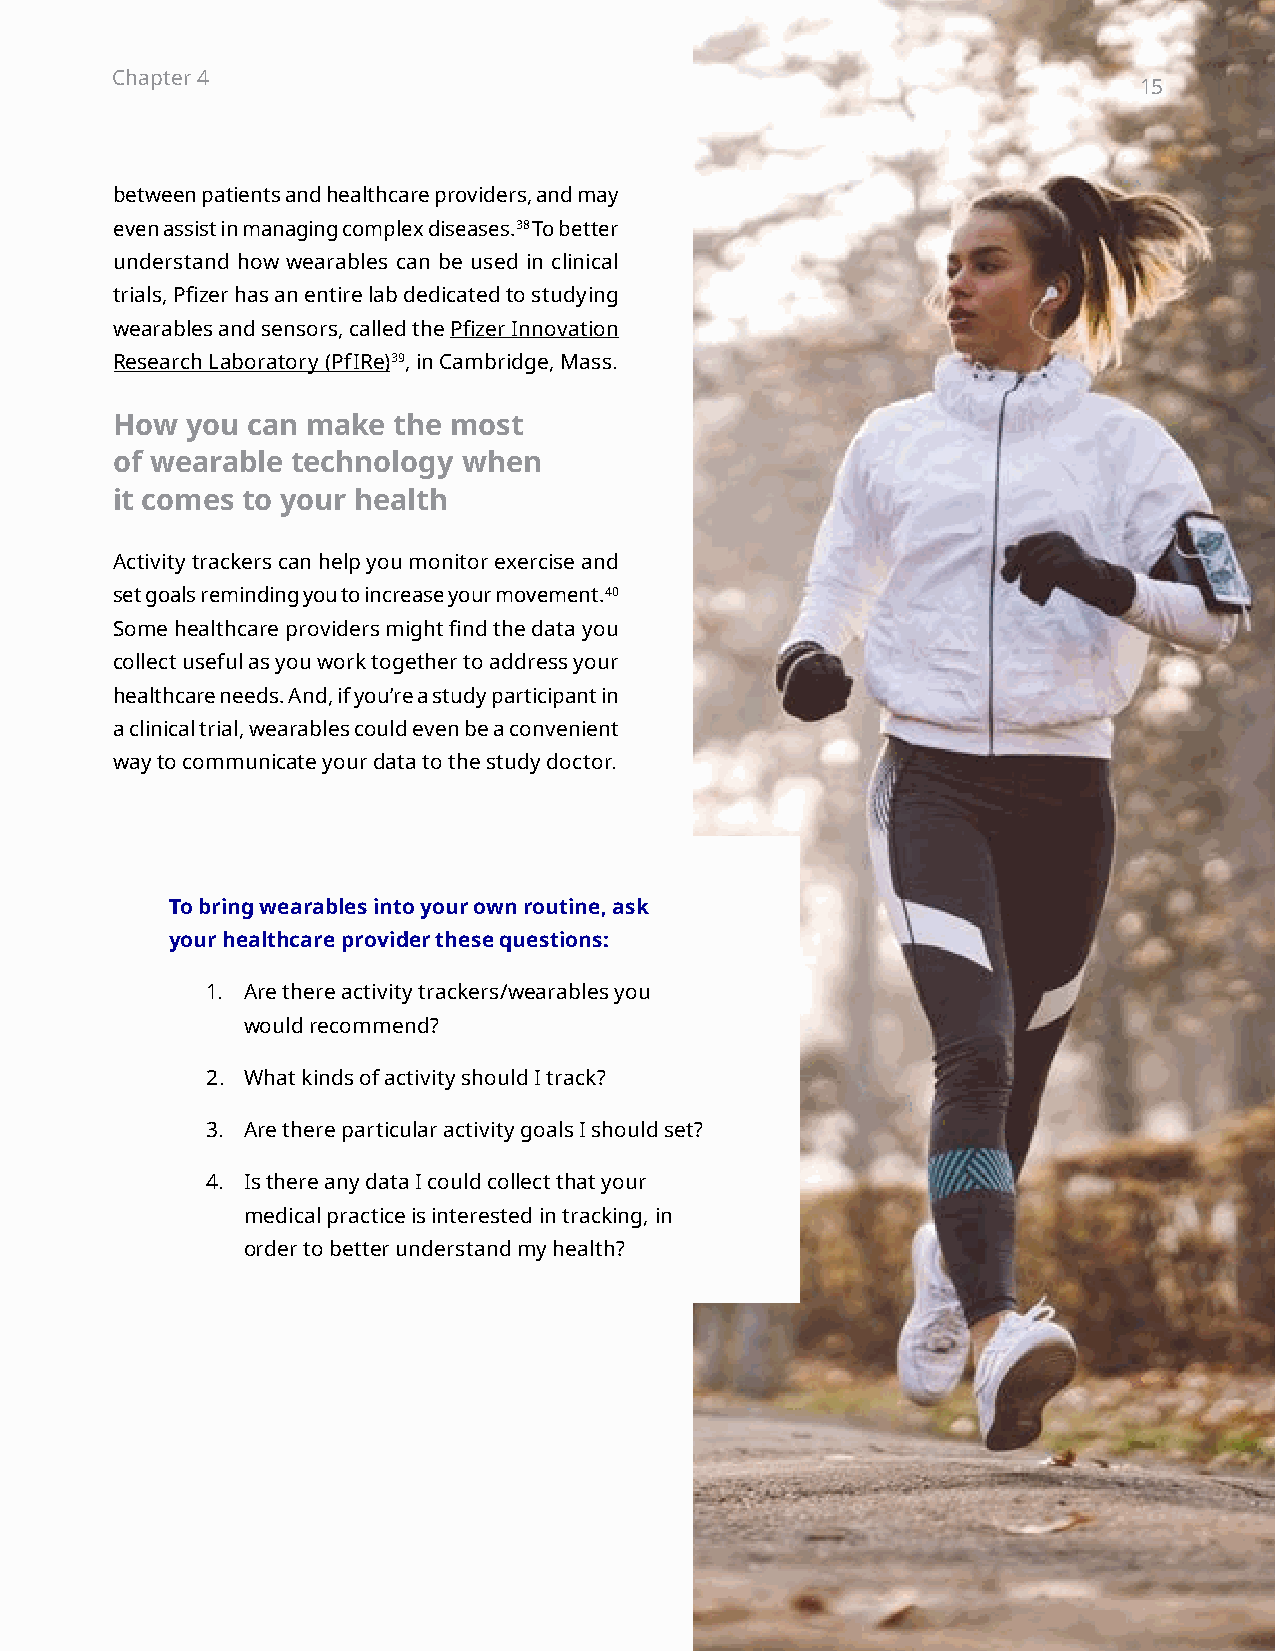
Chapter 4                                                           15
 15
 between patients and healthcare providers, and may
 even assist in managing complex diseases.38 To better
 understand how wearables can be used in clinical
 trials, Pfizer has an entire lab dedicated to studying
 wearables and sensors, called the Pfizer Innovation
 Research Laboratory (PfIRe)39, in Cambridge, Mass.
 How  you can make  the most
 of wearable technology  when
 it comes to your health
 Activity trackers can help you monitor exercise and
 set goals reminding you to increase your movement.40
 Some healthcare providers might find the data you
 collect useful as you work together to address your
 healthcare needs. And, if you’re a study participant in
 a clinical trial, wearables could even be a convenient
 way to communicate your data to the study doctor.
 To bring wearables into your own routine, ask
 your healthcare provider these questions:
 1. Are there activity trackers/wearables you
 would recommend?
 2. What kinds of activity should I track?
 3. Are there particular activity goals I should set?
 4. Is there any data I could collect that your
 medical practice is interested in tracking, in
 order to better understand my health?